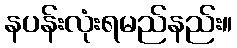
နပန်းလုံးရမည်နည်း။